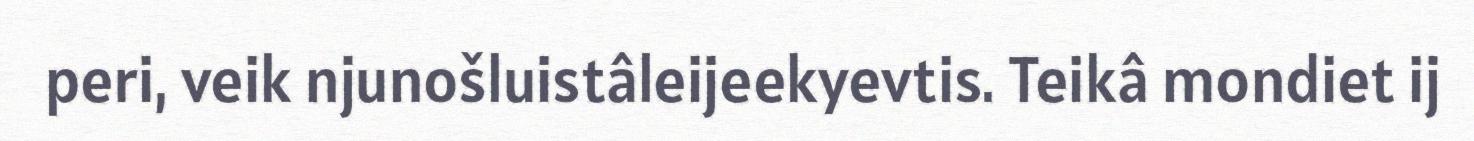
peri, veik njunošluistâleijeekyevtis. Teikâ mondiet ij